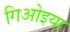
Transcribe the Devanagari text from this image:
गिओइया